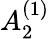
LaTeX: {A}_{2}^{(1)}